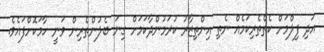
އަދި ފިލްމަށް ކެތްތެރިކަމެއް ނެތި އިންތިޒާރު ކުރަމުންދާކަމަށް ގިނަ ބެލުންތެރިން ވަނީ ހާމަކޮށްފައެވެ.